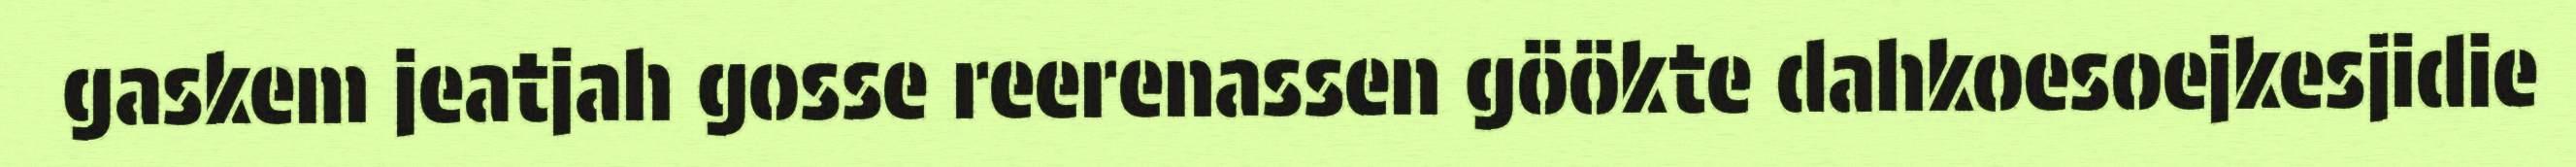
gaskem jeatjah gosse reerenassen göökte dahkoesoejkesjidie